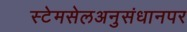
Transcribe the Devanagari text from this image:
स्टेमसेलअनुसंधानपर